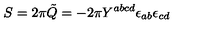
S = 2 \pi \tilde { Q } = - 2 \pi Y ^ { a b c d } \epsilon _ { a b } { \epsilon } _ { c d }